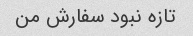
تازه نبود سفارش من